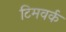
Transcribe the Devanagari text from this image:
टिमवर्क